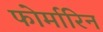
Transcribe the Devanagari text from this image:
फोर्मारिन